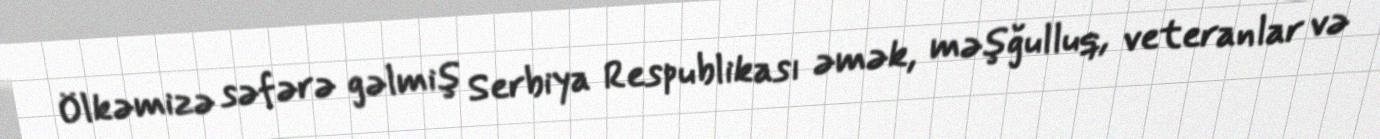
Ölkəmizə səfərə gəlmiş Serbiya Respublikası əmək, məşğulluq, veteranlar və